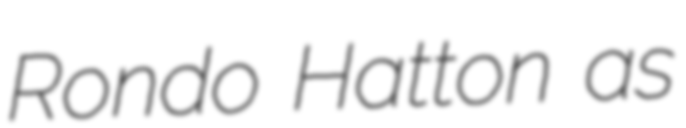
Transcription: Rondo Hatton as